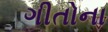
ગીતોના